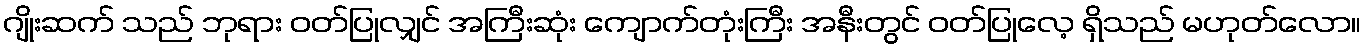
ဂျိုးဆက် သည် ဘုရား ဝတ်ပြုလျှင် အကြီးဆုံး ကျောက်တုံးကြီး အနီးတွင် ဝတ်ပြုလေ့ ရှိသည် မဟုတ်လော။